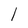
Character: 1